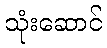
သုံးဆောင်